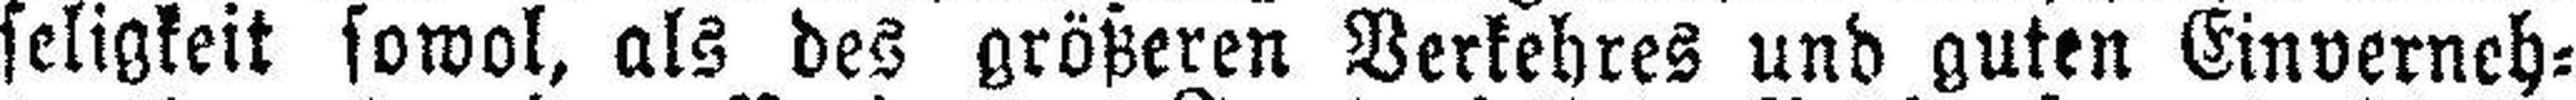
seligkeit sowol, als des größeren Verkehres und guten Einverneh¬